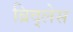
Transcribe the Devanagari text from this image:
ब्रिद्लेस